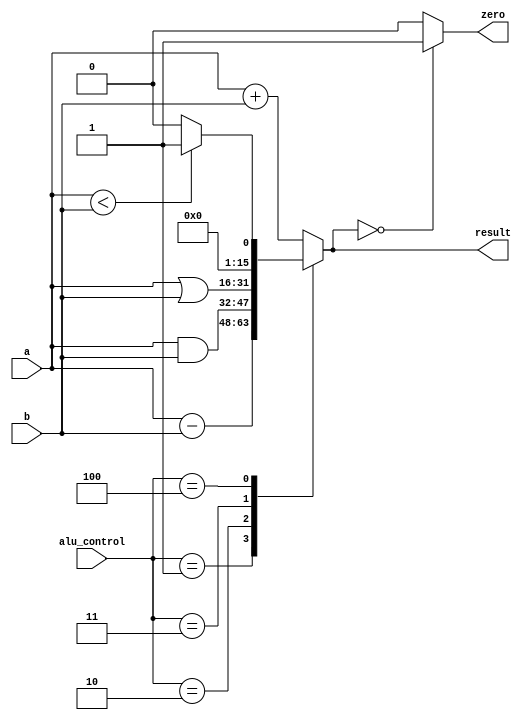
// ALU unit for mips processor

module ALU (input [15:0] a,	//src1  
	        input [15:0] b,	//src2  
			input [2:0] alu_control,	//function sel  
			output reg [15:0] result,       
			output zero);  
	always @(*)
	begin   
		case(alu_control)  
		3'b000: result = a + b; // add  
		3'b001: result = a - b; // sub  
		3'b010: result = a & b; // and  
		3'b011: result = a | b; // or  
		3'b100: begin 
			if (a<b) result = 16'd1;  
				else result = 16'd0;  
				end  
		default:result = a + b; // add  
		endcase  
	end

	assign zero = (result==16'd0) ? 1'b1: 1'b0;  
endmodule